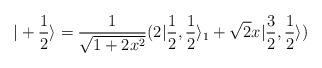
LaTeX: \begin{align*}| + \frac{1}{2} \rangle = \frac{1}{\sqrt{1+2 x^2}} (2 | \frac{1}{2}, \frac{1}{2} \rangle_1 + \sqrt{2} x| \frac{3}{2},\frac{1}{2} \rangle ) \end{align*}